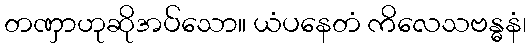
တဏှာဟုဆိုအပ်သော။ ယံပနေတံ ကိလေသဗန္ဓနံ၊